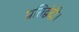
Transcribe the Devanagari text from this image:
प्रतिद्वंदी।